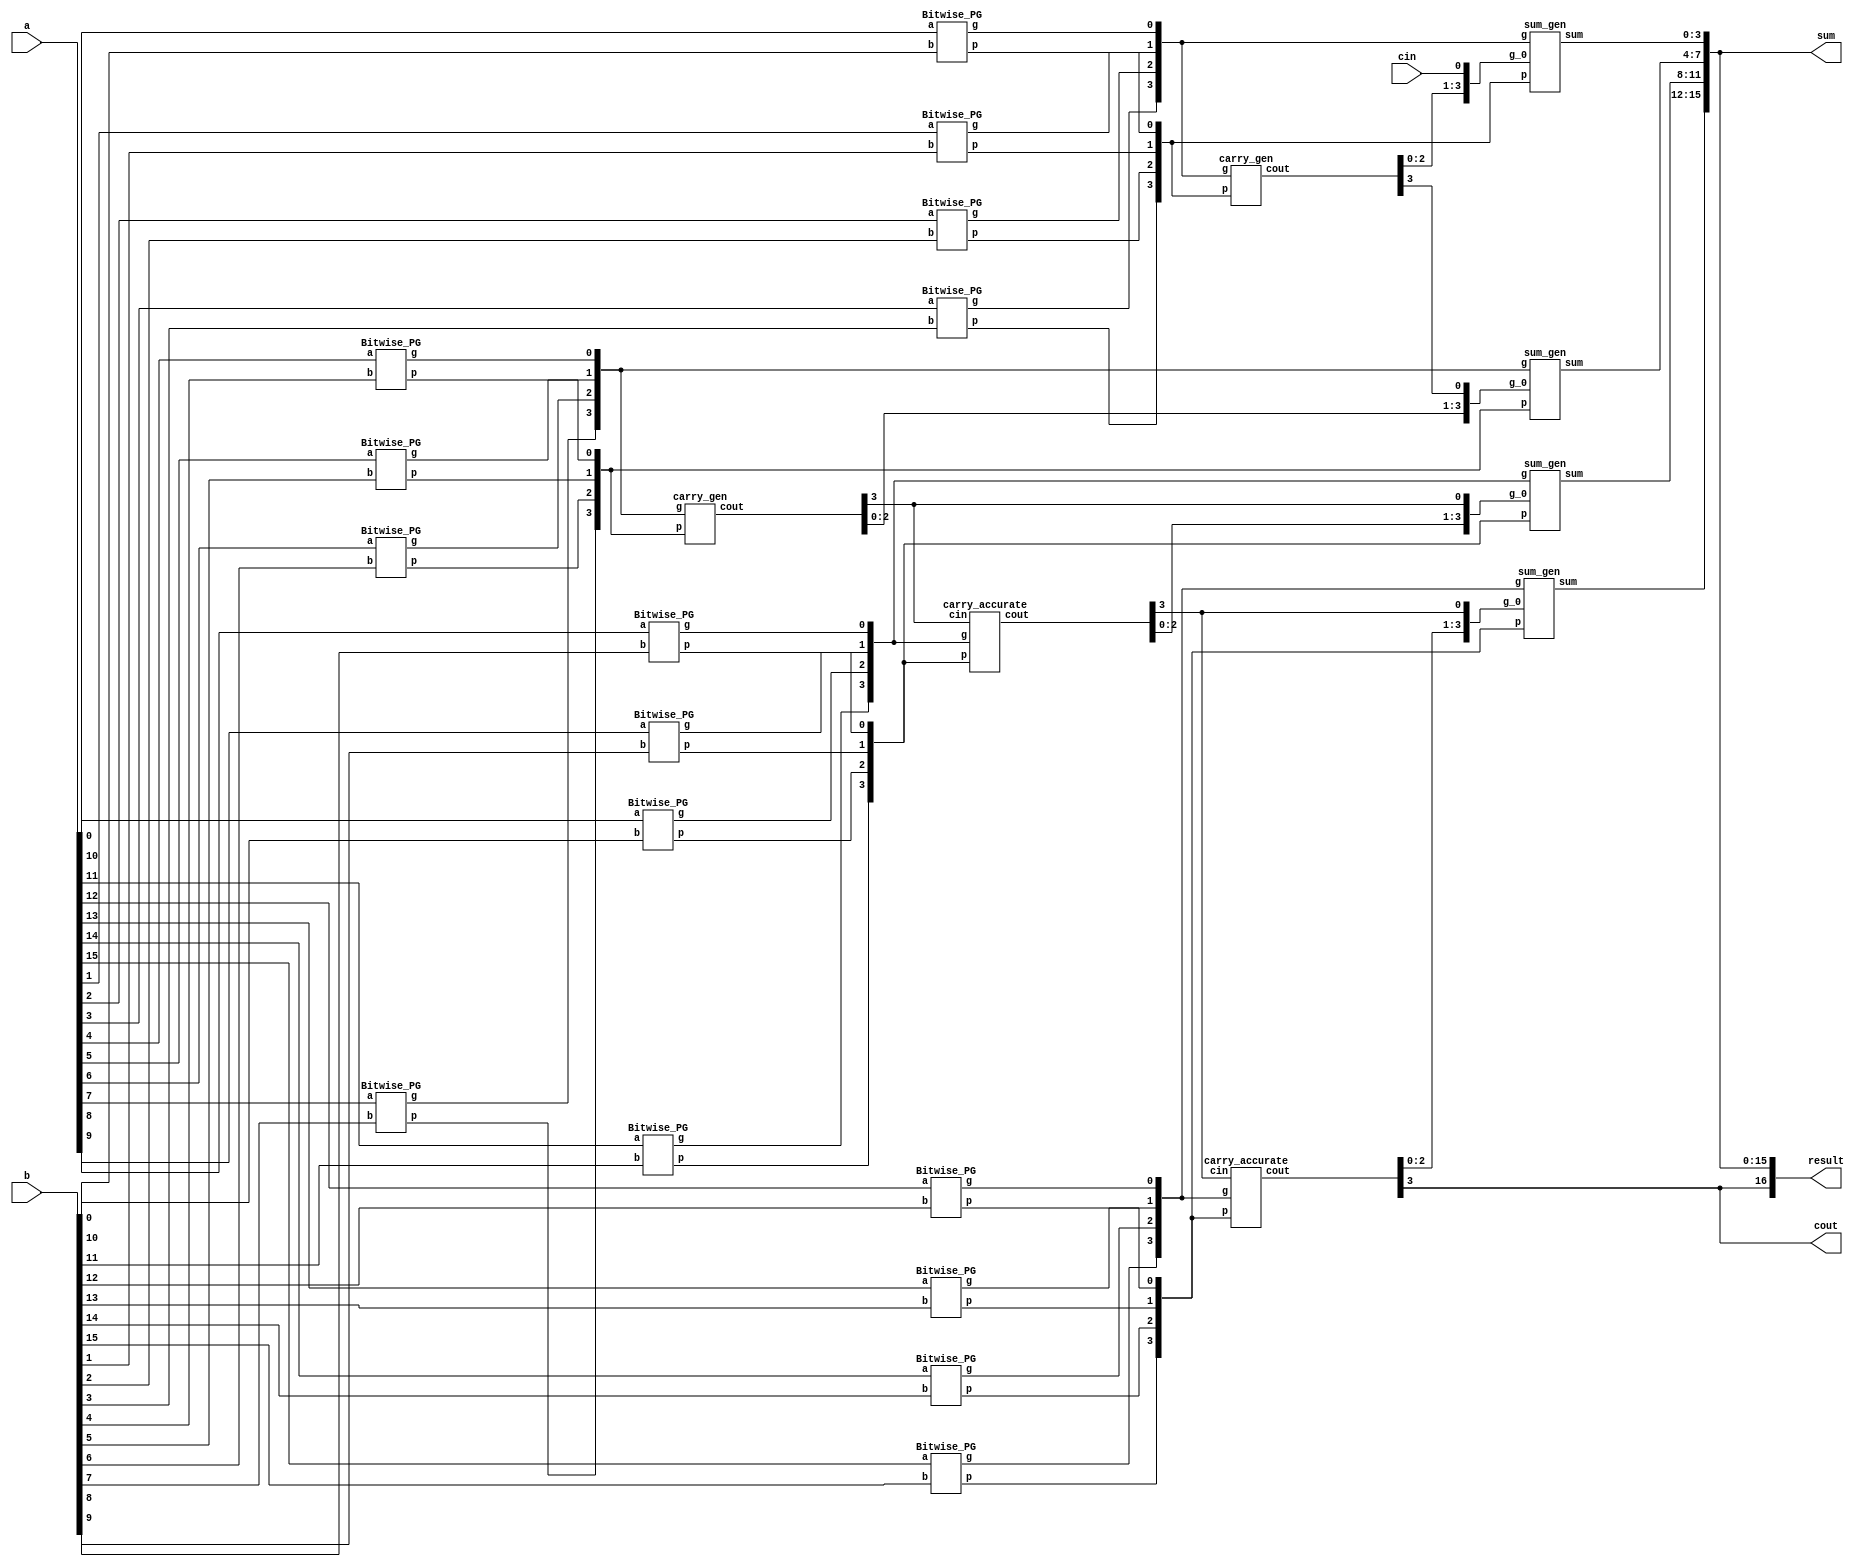
module top_module(sum,cout,result,a,b,cin);
parameter N = 16;
parameter Q =4;
input [N-1:0]a;
input [N-1:0]b;
input cin;
output [N-1:0]sum;
output cout;
output [N:0]result;

wire [N-1:0]p;
wire [N-1:0]g;
wire [N:0]g_0;

assign g_0[0] = cin;

genvar i;
    generate
        for(i=0;i<N;i=i+1)
            begin:generate_nbit_Bitwise
                Bitwise_PG b0(p[i],g[i],a[i],b[i]);
            end
    endgenerate

genvar j;
    generate
        for(j=0;j<N/2;j=j+Q)
            begin:carry_generator
                carry_gen c0(g_0[j+Q:j+1],p[j+Q-1:j],g[j+Q-1:j]);
            end
    endgenerate
    
genvar l;
    generate
        for(l=N/2;l<N;l=l+Q)
            begin:carry_accurate
                carry_accurate c1(g_0[l+Q:l+1],p[l+Q-1:l],g[l+Q-1:l],g_0[l]);
            end
    endgenerate
    
genvar k;
    generate
        for(k=0;k<N;k=k+Q)
            begin:sum_generaator
                sum_gen s0(sum[k+Q-1:k],p[k+Q-1:k],g[k+Q-1:k],g_0[k+Q-1:k]);
            end
   endgenerate
  
assign cout = g_0[N];
assign result = {cout,sum};
endmodule

module sum_gen(sum,p,g,g_0);
parameter Q = 4;
input [Q-1:0]p;
input [Q-1:0]g;
input [Q-1:0]g_0;
output [Q-1:0]sum;

genvar i;
    generate
        for(i=0;i<Q;i=i+1)
            begin:sum_gen
                assign sum[i]=p[i]^g_0[i];
            end
    endgenerate

endmodule

module carry_gen(cout,p,g);
parameter Q = 4;
input [Q-1:0]p;
input [Q-1:0]g;
output [Q-1:0]cout;
wire [Q:0]g_0;
assign g_0[0] = 0;

genvar i;
    generate
        for(i=0;i<Q;i=i+1)
            begin:generate_nbit_Bitwise
                Groupwise_PG g0(g_0[i+1],g[i],p[i],g_0[i]);
            end
    endgenerate

assign cout = g_0[Q:1];
endmodule

module carry_accurate(cout,p,g,cin);
parameter Q = 4;
input [Q-1:0]p;
input [Q-1:0]g;
input cin;
output [Q-1:0]cout;
wire [Q:0]g_0;
assign g_0[0] = cin;

genvar i;
    generate
        for(i=0;i<Q;i=i+1)
            begin:generate_nbit_Bitwise
                Groupwise_PG g0(g_0[i+1],g[i],p[i],g_0[i]);
            end
    endgenerate

assign cout = g_0[Q:1];
endmodule

module Bitwise_PG(
	output p,
	output g,
	input a,
	input b
    );
	assign p = a ^ b;
	assign g = a & b;

endmodule

module Groupwise_PG(	
	output g_1,
	input g,
	input p,
	input g_0
	);
	
	wire inter;
	assign inter = p & g_0;
	assign g_1 = g | inter;
endmodule